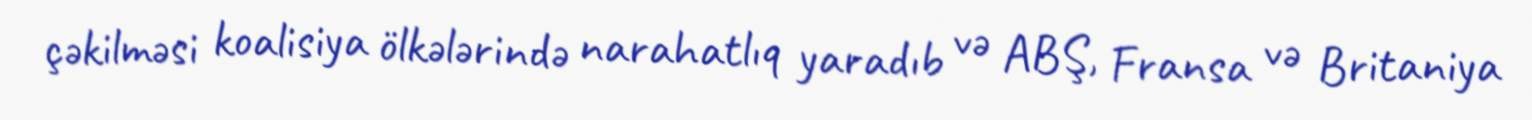
çəkilməsi koalisiya ölkələrində narahatlıq yaradıb və ABŞ, Fransa və Britaniya